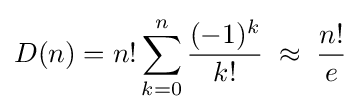
D(n)=n!\sum _{k=0}^{n}{\frac {(-1)^{k}}{k!}}\;\approx \;{\frac {n!}{e}}